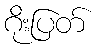
ဂိုးပြတ်